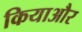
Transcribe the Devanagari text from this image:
कियाऔर